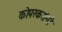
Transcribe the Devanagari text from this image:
कोपरकरांनी